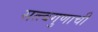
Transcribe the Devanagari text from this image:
सत्त्वगुणाची